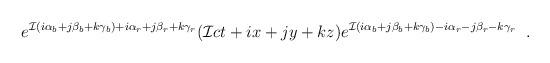
LaTeX: \begin{align*}e^{{\cal I}(i\alpha_{b}+j\beta_{b}+k\gamma_{b})+i\alpha_{r} +j\beta_{r} +k \gamma_{r}} ({\cal I}ct + ix+jy+kz)e^{{\cal I}(i\alpha_{b}+j\beta_{b}+k\gamma_{b})-i\alpha_{r} -j\beta_{r} -k \gamma_{r}} \; \; .\end{align*}